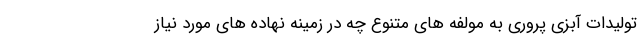
تولیدات آبزی پروری به مولفه های متنوع چه در زمینه نهاده های مورد نیاز